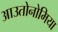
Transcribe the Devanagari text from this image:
आउतोनोमिया